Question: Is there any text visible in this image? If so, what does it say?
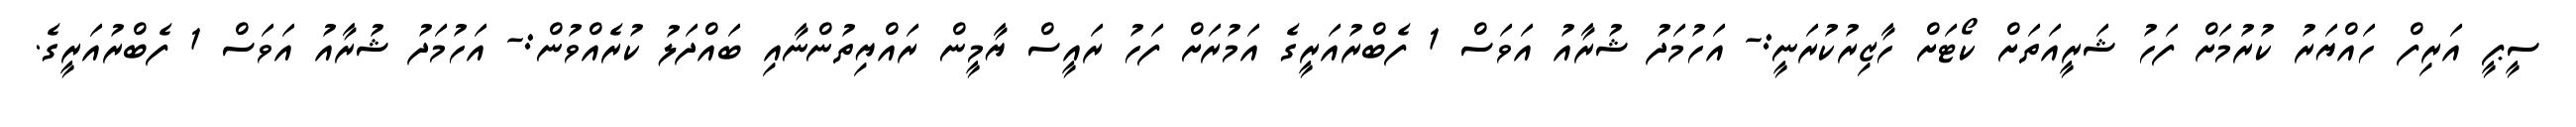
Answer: ސީޕީ އަރިފް ހައްޔަރު ކުރުމަށް ފަހު ޝަރީއަތަށް ކޯޓަށް ހާޒިރުކުރަނީ:- އަހުމަދު ޝުރާއު އަވަސް 1 ފެބްރުއަރީގެ އަމުރަށް ފަހު ރައީސް ޔާމީން ރައްޔިތުންނާއި ބައްދަލު ކުރެއްވުން:- އަހުމަދު ޝުރާއު އަވަސް 1 ފެބްރުއަރީގެ.